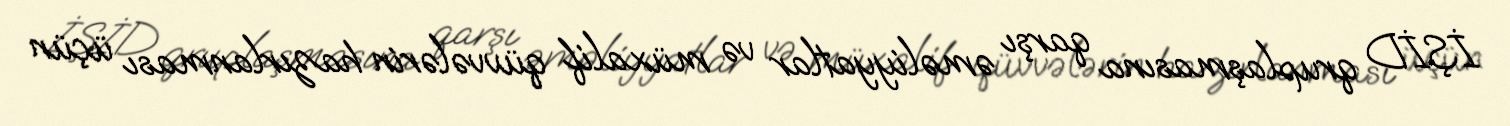
İŞİD qruplaşmasına qarşı əməliyyatlar və müxalif qüvvələrin hazırlanması üçün